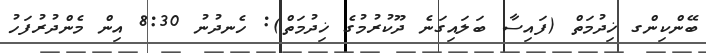
ބޭންކިންގ ޚިދުމަތް (ފައިސާ ބަލައިގަނެ ދޫކުރުމުގެ ޚިދުމަތް): ހެނދުނު 8:30 އިން މެންދުރުފަހު